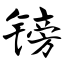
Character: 镑